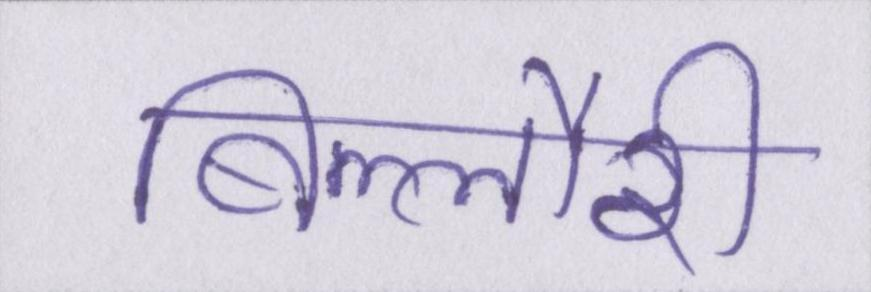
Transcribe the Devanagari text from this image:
बिल्लौरी